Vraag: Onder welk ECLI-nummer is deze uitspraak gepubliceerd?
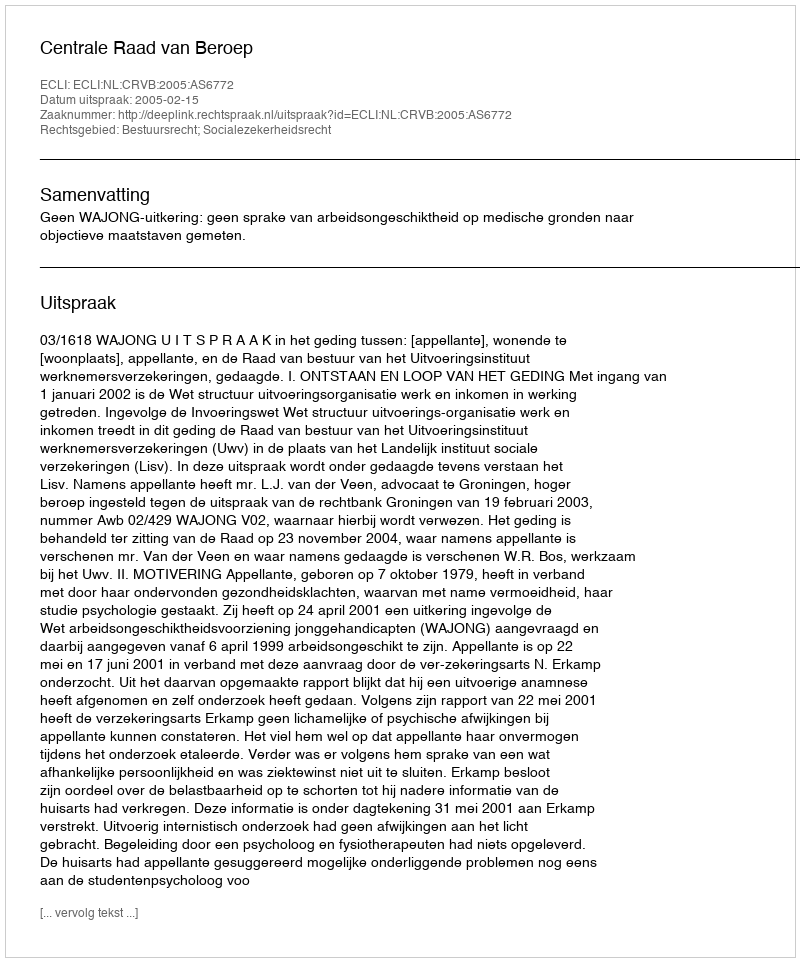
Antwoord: ECLI:NL:CRVB:2005:AS6772